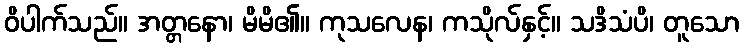
ဝိပါက်သည်။ အတ္တနော၊ မိမိ၏။ ကုသလေန၊ ကသိုလ်နှင့်။ သဒိသံပိ၊ တူသော